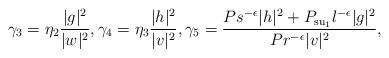
LaTeX: \begin{align*}\gamma_3 = \eta_2 \frac{|g|^2}{|w|^2},\gamma_4 = \eta_3 \frac{|h|^2}{|v|^2},\gamma_5 = \frac{P s^{-\epsilon} |h|^2+P_{\mathrm{su}_1} l^{-\epsilon} |g|^2}{P r^{-\epsilon} |v|^2}, \end{align*}